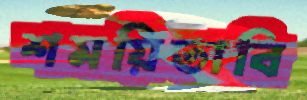
শময়িতাবি